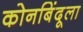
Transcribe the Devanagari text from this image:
कोनबिंदूला